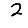
Digit: 2